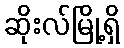
ဆိုးလ်မြို့ရှိ